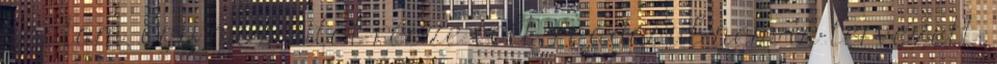
kaptam. Egy mozdulat része volt, ráadásul nem is tervezett;